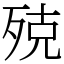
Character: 殑